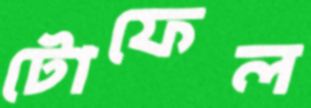
টোফেল